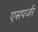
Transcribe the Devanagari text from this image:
एसपर्जर